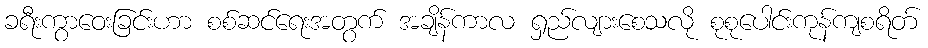
ခရီးကွာဝေးခြင်းဟာ စစ်ဆင်ရေးအတွက် အချိန်ကာလ ရှည်လျားစေသလို စုစုပေါင်းကုန်ကျစရိတ်